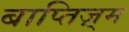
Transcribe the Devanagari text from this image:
बाप्तिज़्म